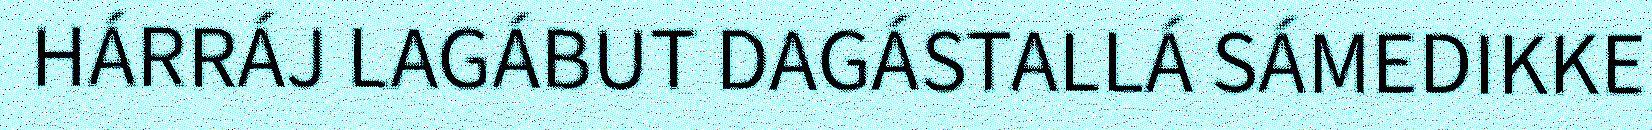
HÁRRÁJ LAGÁBUT DAGÁSTALLÁ SÁMEDIKKE